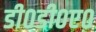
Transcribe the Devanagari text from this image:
डी०डी०ए०